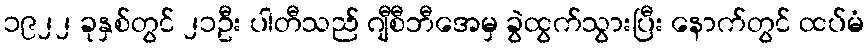
၁၉၂၂ ခုနှစ်တွင် ၂၁ဦး ပါတီသည် ဂျီစီဘီအေမှ ခွဲထွက်သွားပြီး နောက်တွင် ထပ်မံ